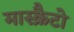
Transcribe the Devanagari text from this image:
मास्क्रैटो